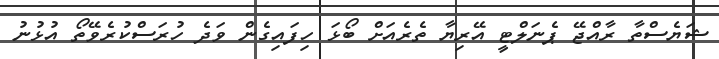
ޝަޔެސްތާ ރާއްޖޭ ޕެނަލްޓީ އޭރިޔާ ތެރެއަށް ބޯޅަ ހިފައިގެން ވަދެ ހުރަސްކުރެވޭތޯ އުޅުނު